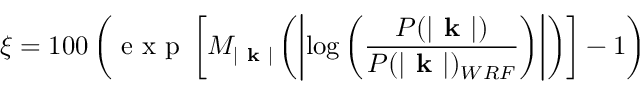
\xi = 1 0 0 \left( \textnormal { e x p } \left[ M _ { | \textbf { k } | } \left( \left| \log { \left( \frac { P ( | \textbf { k } | ) } { P ( | \textbf { k } | ) _ { W R F } } \right) } \right| \right) \right] - 1 \right)